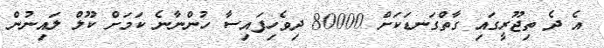
އެ ދެ ތިޖޫރީގައި ގާތްގަނޑަކަށް 80000 ދިވެހިފައިސާ ހުންނާނެ ކަމަށް ކޫލް ލައިނުން